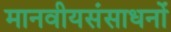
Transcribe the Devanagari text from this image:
मानवीयसंसाधनों